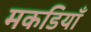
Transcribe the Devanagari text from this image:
मकडियाँ